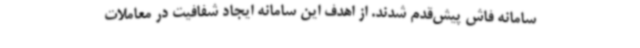
سامانه فاش پیش‌قدم شدند. از اهدف این سامانه ایجاد شفافیت در معاملات